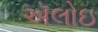
ઍલોઇ